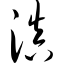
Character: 滇